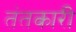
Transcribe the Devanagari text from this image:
तंतकारी